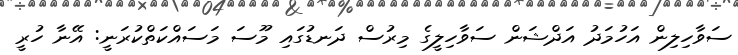
ސަވާހިލިން އަހުމަދު އަދްޝަން ސަވާހިލީގެ މިރުސް ދަނޑުގައި މޫސަ މަސައްކަތްކުރަނީ: އޭނާ ހުރީ